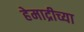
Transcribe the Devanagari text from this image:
हेमाद्रीच्या